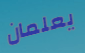
يعلمان